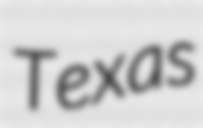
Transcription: Texas